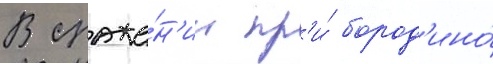
В сраже́н'ии пр'и́ бород'ино́